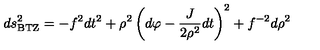
d s _ { \mathrm { B T Z } } ^ { 2 } = - f ^ { 2 } d t ^ { 2 } + \rho ^ { 2 } \left( d \varphi - { \frac { J } { 2 \rho ^ { 2 } } } d t \right) ^ { 2 } + f ^ { - 2 } d \rho ^ { 2 }